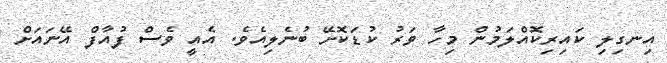
އިނގިލި ކައިރިކޮއްލަމުން މިހާ ވަރު ކުޑަކޮށޭ ބުނެލިއެވެ. އެއީ ވެސް ފުއާފް އޭނައަށް